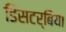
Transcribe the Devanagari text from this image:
डिसटर्बिया